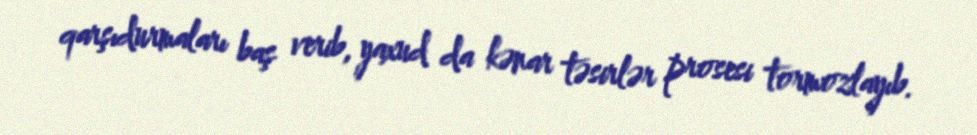
qarşıdurmaları baş verib, yaxud da kənar təsirlər prosesi tormozlayıb.